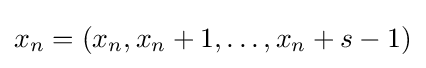
x_{n}=(x_{n},x_{n}+1,\dots ,x_{n}+s-1)